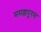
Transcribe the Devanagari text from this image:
ममल्लपुरम